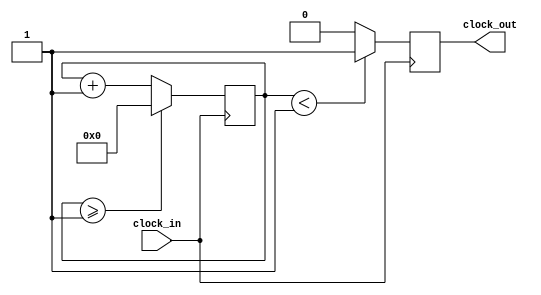
`timescale 1ns / 1ps
//////////////////////////////////////////////////////////////////////////////////
// Company: 
// Engineer: 
// 
// Design Name: 
// Module Name: Clock_divider
// Project Name: 
// Target Devices: 
// Tool Versions: 
// Description: 
// 
// Dependencies: 
// 
// Revision:
// Revision 0.01 - File Created
// Additional Comments:
// 
//////////////////////////////////////////////////////////////////////////////////

module Clock_divider(
    input clock_in,
    output reg clock_out
    );
reg[27:0] counter=28'd0;
parameter DIVISOR = 28'd2;
always @(posedge clock_in)
begin
 counter <= counter + 28'd1;
 if(counter>=(DIVISOR-1))
  counter <= 28'd0;
 clock_out <= (counter<DIVISOR/2)?1'b1:1'b0;
end
endmodule